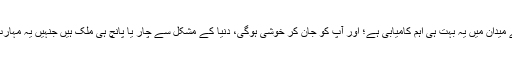
سیکورٹی کے میدان میں یہ بہت ہی اہم کامیابی ہے؛ اور آپ کو جان کر خوشی ہوگی، دنیا کے مشکل سے چار یا پانچ ہی ملک ہیں جنہیں یہ مہارت حاصل ہے۔